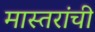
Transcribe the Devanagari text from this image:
मास्तरांची